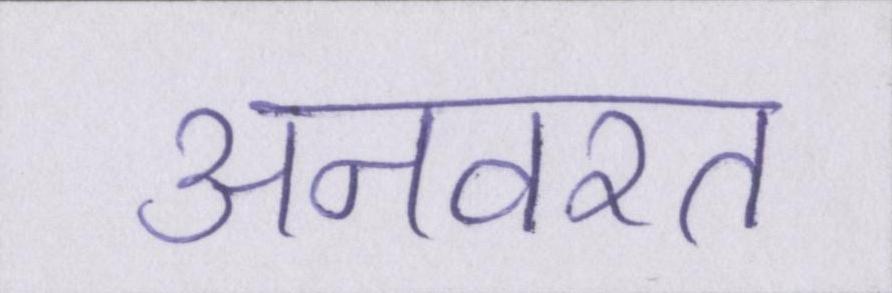
अनवरत